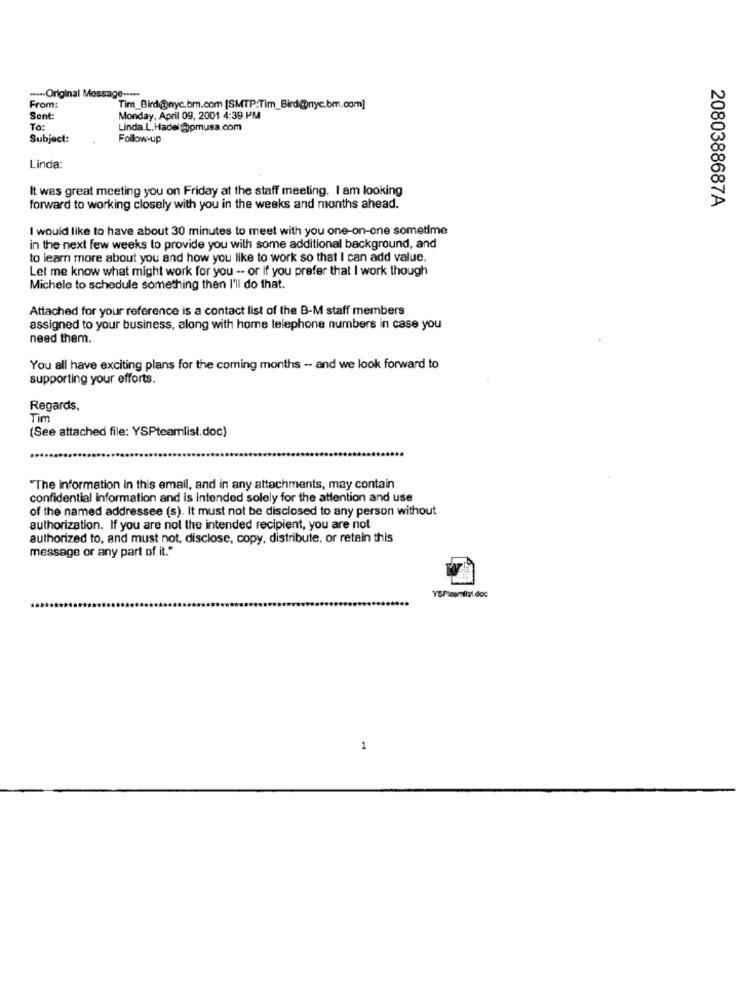
---- Original Message ----
From:
Tim_Bird@nyc.bm.com [SMTP.Tim_Bird@nyc.bm.com]
Sent:
Monday, April 09, 2001 4:39 PM
To:
Linda.L. Hadel @pmusa.com
Subject:
Follow-up
Linda:
It was great meeting you on Friday at the staff meeting. I am looking
forward to working closely with you in the weeks and months ahead.
2080388687A
I would like to have about 30 minutes to meet with you one-on-one sometime
in the next few weeks to provide you with some additional background, and
to learn more about you and how you like to work so that I can add value.
Let me know what might work for you -- or if you prefer that I work though
Michele to schedule something then I'll do that.
Attached for your reference is a contact list of the B-M staff members
assigned to your business, along with home telephone numbers in case you
need them.
You all have exciting plans for the coming months -- and we look forward to
supporting your efforts.
Regards,
Tim
(See attached file: YSPteamlist.doc)
"The information in this email, and in any attachments, may contain
confidential information and is intended solely for the attention and use
of the named addressee (s). It must not be disclosed to any person without
authorization. If you are not the intended recipient, you are not
authorized to, and must not, disclose, copy, distribute, or retain this
message or any part of it."
1